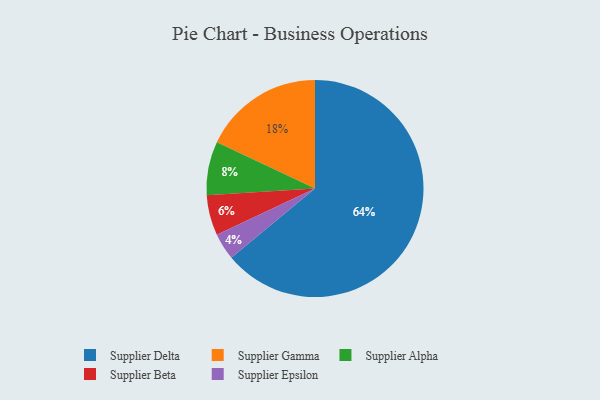
{"axis": {"x": "Category", "y": "Percentage"}, "legend": ["Supplier Alpha", "Supplier Beta", "Supplier Delta", "Supplier Epsilon", "Supplier Gamma"], "data": [{"x": "Supplier Beta", "y": 6, "type": "Supplier Beta"}, {"x": "Supplier Delta", "y": 64, "type": "Supplier Delta"}, {"x": "Supplier Alpha", "y": 8, "type": "Supplier Alpha"}, {"x": "Supplier Epsilon", "y": 4, "type": "Supplier Epsilon"}, {"x": "Supplier Gamma", "y": 18, "type": "Supplier Gamma"}]}